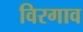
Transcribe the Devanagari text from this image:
विरगाव